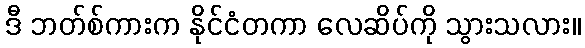
ဒီ ဘတ်စ်ကားက နိုင်ငံတကာ လေဆိပ်ကို သွားသလား။